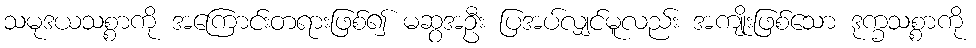
သမုဒယသစ္စာကို အကြောင်းတရားဖြစ်၍ မဆွအဦး ပြအပ်လျှင်မူလည်း အကျိုးဖြစ်သော ဒုက္ခသစ္စာကို